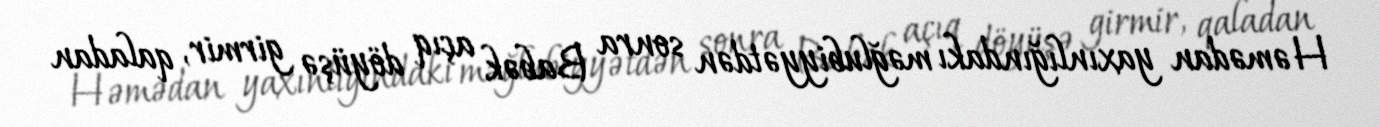
Həmədan yaxınlığındakı məğlubiyyətdən sonra Babək açıq döyüşə girmir, qaladan